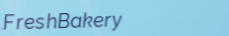
FreshBakery